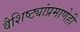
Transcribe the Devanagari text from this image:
वैशिष्ट्यांप्रमाणेही